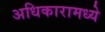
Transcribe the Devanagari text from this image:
अधिकारामध्ये